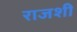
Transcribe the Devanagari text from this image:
राजशी